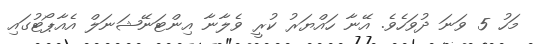
މަހު 5 ވަނަ ދުވަހެވެ. އޭނާ ހައްޔަރު ކުރީ ވެލާނާ އިންޓަނޭޝަނަލް އެއާޕޯޓުގައި